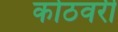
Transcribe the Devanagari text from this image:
कोठवरी